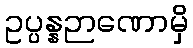
ဥပ္ပန္နဉာဏောမှိ